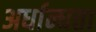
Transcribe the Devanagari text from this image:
अर्धान्धता